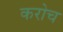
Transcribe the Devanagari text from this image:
करोच